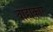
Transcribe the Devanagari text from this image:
वाहोकार